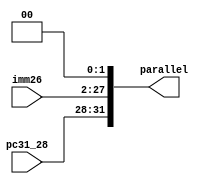
`timescale 1ns / 1ps
//////////////////////////////////////////////////////////////////////////////////
// Company: 
// Engineer: 
// 
// Design Name: 
// Module Name: selector41
// Project Name: 
// Target Devices: 
// Tool Versions: 
// Description: 
// 
// Dependencies: 
// 
// Revision:
// Revision 0.01 - File Created
// Additional Comments:
// 
//////////////////////////////////////////////////////////////////////////////////

module Parallel(
	input[3:0]pc31_28,
	input [25:0]imm26,
	output wire [31:0]parallel
);
assign parallel={pc31_28,imm26,2'b00};
endmodule